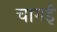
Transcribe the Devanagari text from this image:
चागई